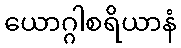
ယောဂ္ဂါစရိယာနံ